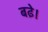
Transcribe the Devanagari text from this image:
बढे़।